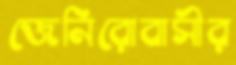
জেনিরোবাসীর